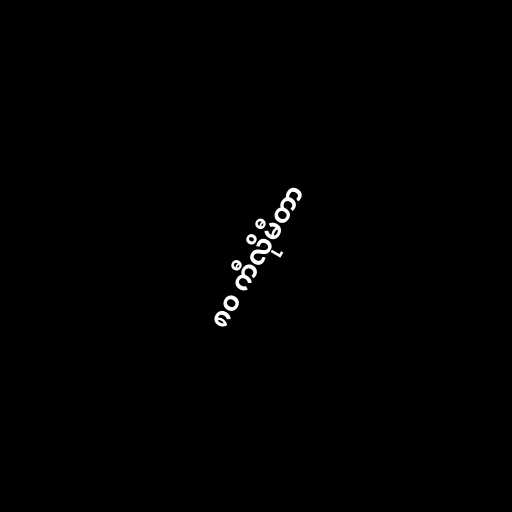
၈၀ ကီလိုမီတာ